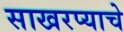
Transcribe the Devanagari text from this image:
साखरप्याचे